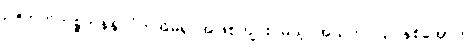
ဉဇဘက်ကစ္စတန်နိုင်ငံကအိမ်ရှင်အဖြစ်ကျင်းပမယ့် အသက် ၂၃ နှစ်အောက်